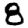
Digit: 8